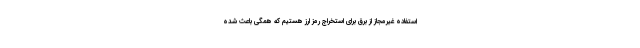
استفاده غیرمجاز از برق برای استخراج رمز ارز هستیم که همگی باعث شده